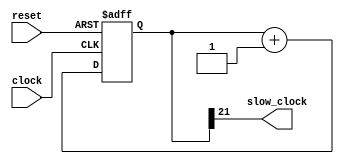
module div #(parameter N = 22) (
    input clock, reset,
    output slow_clock
);

    reg [N-1:0] count;

	always @(posedge clock, posedge reset) begin
        if (reset) begin
            count <= 0;
        end
        else begin
            count <= count + 1;
        end
    end

	assign slow_clock = count[N-1];

endmodule